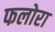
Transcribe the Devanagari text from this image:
फलोरा